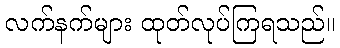
လက်နက်များ ထုတ်လုပ်ကြရသည်။